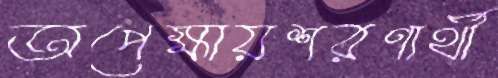
অপেক্ষায়শরণার্থী